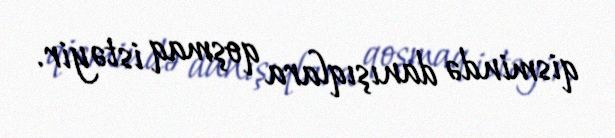
qismində danışıqlara qoşmaq istəyir.